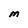
Character: M